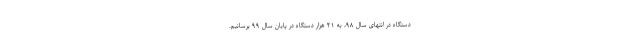
دستگاه در انتهای سال ۹۸، به ۲۱ هزار دستگاه در پایان سال ۹۹ برسانیم.